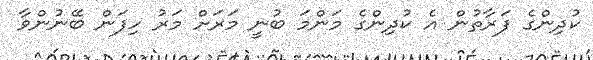
ކުދިންގެ ފަރާތުން އެ ކުދިންގެ މަންމަ ބުނީ މަރަށް މަރު ހިފަން ބޭނުންވާ